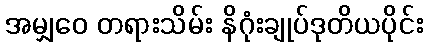
အမျှဝေ တရားသိမ်း နိဂုံးချုပ်ဒုတိယပိုင်း